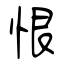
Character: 恨